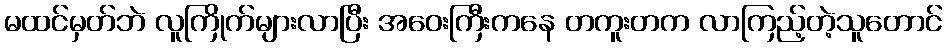
မထင်မှတ်ဘဲ လူကြိုက်များလာပြီး အဝေးကြီးကနေ တကူးတက လာကြည့်တဲ့သူတောင်